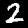
Label: 2